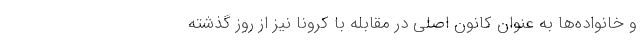
و خانواده‌ها به عنوان کانون اصلی در مقابله با کرونا نیز از روز گذشته